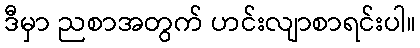
ဒီမှာ ညစာအတွက် ဟင်းလျာစာရင်းပါ။